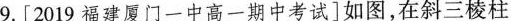
9.[2019福建厦门一中高一期中考试]如图，在斜三棱柱